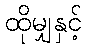
ထိုမျှနှင့်